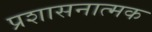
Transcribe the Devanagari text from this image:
प्रशासनात्मक